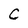
Character: C